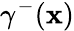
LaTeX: \gamma^{-}(\mathbf{x})